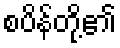
စပိန်တို့၏